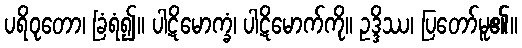
ပရိဝုတော၊ ခြံရံ၍။ ပါဋိမောက္ခံ၊ ပါဋိမောက်ကို။ ဥဒ္ဒိဿ၊ ပြတော်မူ၏။